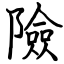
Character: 險